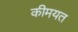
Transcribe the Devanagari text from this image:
कीमयत